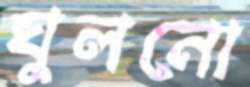
ঘুলনো